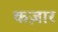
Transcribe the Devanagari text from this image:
कज़ार